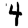
Digit: 4